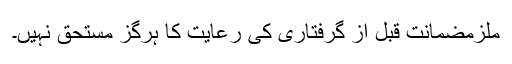
ملزمضمانت قبل از گرفتاری کی رعایت کا ہرگز مستحق نہیں۔